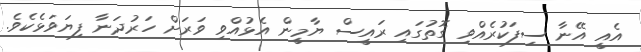
އެއީ އޭނާ ސިފަކުރެއްވި ގޮތުގައި ރައީސް ޔާމީން އެޅުއްވި ވަރަށް ހަރުދަނާ ފިޔަވަޅެކެވެ.